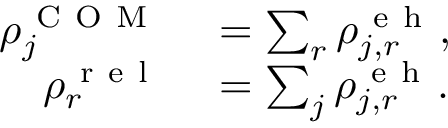
\begin{array} { r l } { \rho _ { j } ^ { \mathrm { ~ C ~ O ~ M ~ } } } & { { } = \sum _ { r } \rho _ { j , r } ^ { \mathrm { ~ e ~ h ~ } } , } \\ { \rho _ { r } ^ { \mathrm { ~ r ~ e ~ l ~ } } } & { { } = \sum _ { j } \rho _ { j , r } ^ { \mathrm { ~ e ~ h ~ } } . } \end{array}